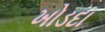
ખોડદા